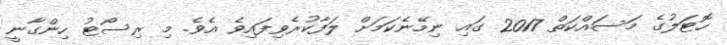
ހޮޓަލުގެ މަސައްކަތް 2017 ގައި ނިމޭނެކަމަށް ލަފާކުރެވިފައިވެ އެވެ. މި ރިސޯޓު ހިންގާނީ